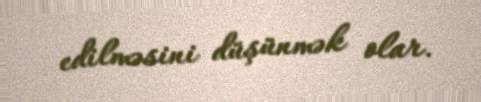
edilməsini düşünmək olar.